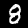
Digit: 8